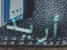
أريد